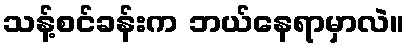
သန့်စင်ခန်းက ဘယ်နေရာမှာလဲ။